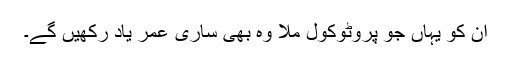
ان کو یہاں جو پروٹوکول ملا وہ بھی ساری عمر یاد رکھیں گے۔